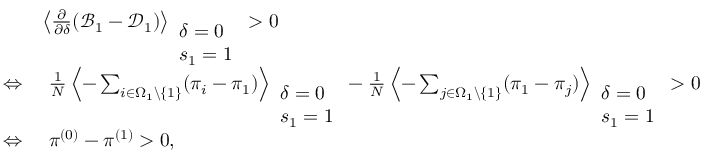
\begin{array} { r l } & { \left\langle \frac { \partial } { \partial \delta } ( \mathcal { B } _ { 1 } - \mathcal { D } _ { 1 } ) \right\rangle _ { \begin{array} { l } { \delta = 0 } \\ { s _ { 1 } = 1 } \end{array} } > 0 } \\ { \Leftrightarrow } & { ~ \frac { 1 } { N } \left\langle - \sum _ { i \in \Omega _ { 1 } \backslash \{ 1 \} } ( \pi _ { i } - \pi _ { 1 } ) \right\rangle _ { \begin{array} { l } { \delta = 0 } \\ { s _ { 1 } = 1 } \end{array} } - \frac { 1 } { N } \left\langle - \sum _ { j \in \Omega _ { 1 } \backslash \{ 1 \} } ( \pi _ { 1 } - \pi _ { j } ) \right\rangle _ { \begin{array} { l } { \delta = 0 } \\ { s _ { 1 } = 1 } \end{array} } > 0 } \\ { \Leftrightarrow } & { ~ \pi ^ { ( 0 ) } - \pi ^ { ( 1 ) } > 0 , } \end{array}